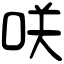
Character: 咲